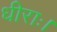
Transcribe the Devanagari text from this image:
धीराः।